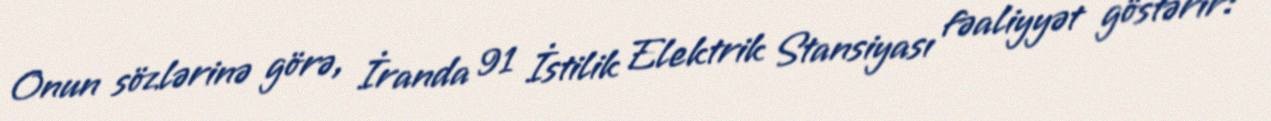
Onun sözlərinə görə, İranda 91 İstilik Elektrik Stansiyası fəaliyyət göstərir: